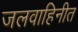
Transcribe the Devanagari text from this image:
जलवाहिनीत